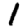
Digit: 1